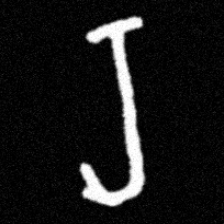
Pyu character \u2014 Myanmar letter: ရ (romanized: ra)